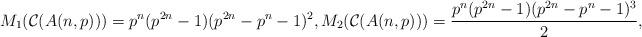
LaTeX: \begin{align*}M_{1}(\mathcal{C}(A(n, p)))=p^{n}(p^{2n}-1)(p^{2n}-p^{n}-1)^{2}, M_{2}(\mathcal{C}(A(n, p)))=\dfrac{p^{n}(p^{2n}-1)(p^{2n}-p^{n}-1)^{3}}{2},\end{align*}